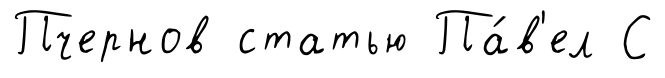
Пчернов статью Па́в'ел С